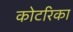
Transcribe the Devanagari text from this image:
कोटरिका